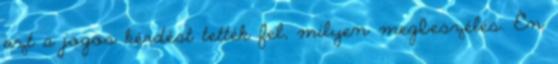
azt a jogos kérdést tették fel, milyen megbeszélés. Én